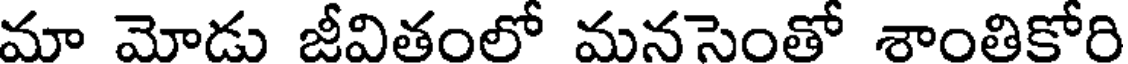
మా మోడు జీవితంలో మనసెంతో శాంతికోరి